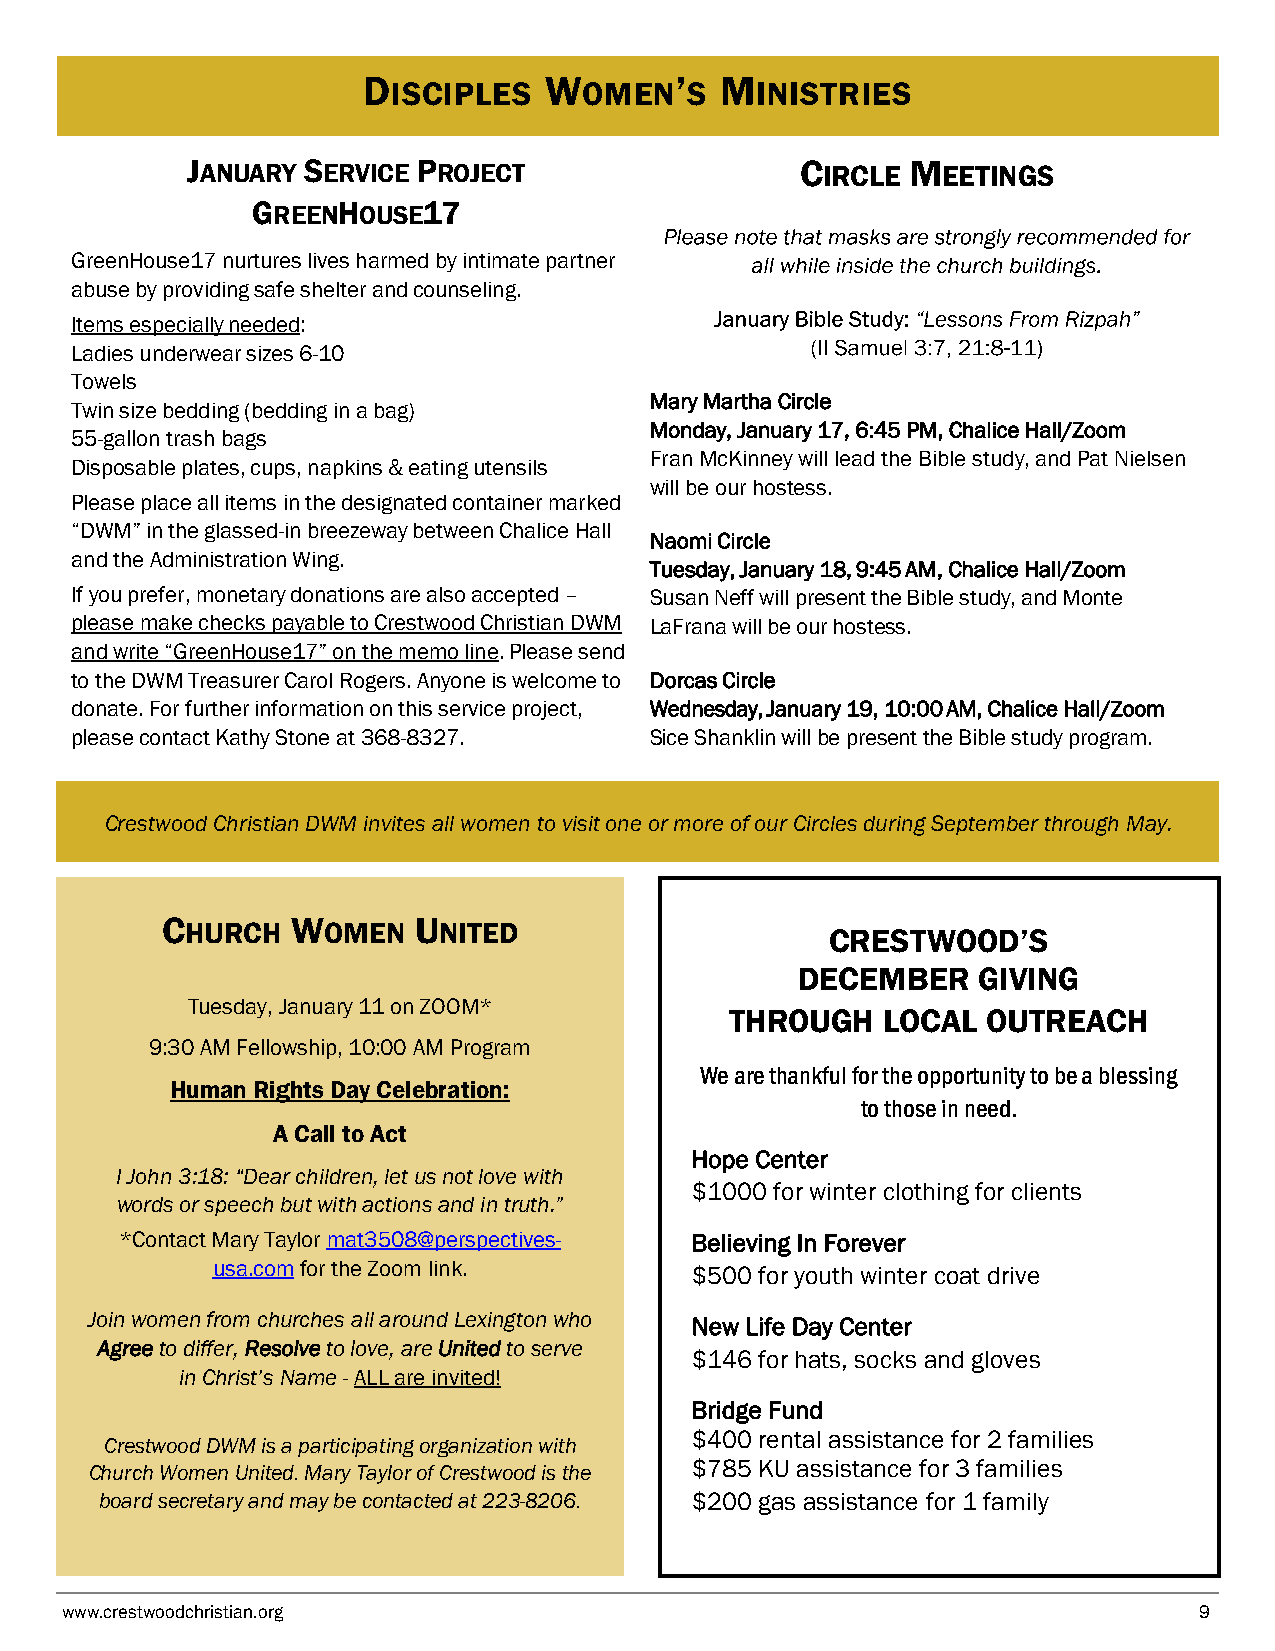
D           W        ’
 ISCIPLES     OMEN  S
 JANUARY SERVICE PROJECT                  CIRCLE MEETINGS
 GREENHOUSE17
 GreenHouse17 nurtures lives harmed by intimate partner
 abuse by providing safe shelter and counseling.
 Items especially needed:
 Ladies underwear sizes 6-10
 Towels
 Mary Martha Circle
 Twin size bedding (bedding in a bag)
 Monday, January 17, 6:45 PM, Chalice Hall/Zoom
 55-gallon trash bags
 Fran McKinney will lead the Bible study, and Pat Nielsen
 Disposable plates, cups, napkins & eating utensils
 will be our hostess.
 Please place all items in the designated container marked
 “DWM” in the glassed-in breezeway between Chalice Hall
 Naomi Circle
 and the Administration Wing.
 Tuesday, January 18, 9:45 AM, Chalice Hall/Zoom
 If you prefer, monetary donations are also accepted – Susan Neff will present the Bible study, and Monte
 please make checks payable to Crestwood Christian DWM LaFrana will be our hostess.
 and write “GreenHouse17” on the memo line. Please send
 to the DWM Treasurer Carol Rogers. Anyone is welcome to Dorcas Circle
 donate. For further information on this service project, Wednesday, January 19, 10:00 AM, Chalice Hall/Zoom
 please contact Kathy Stone at 368-8327. Sice Shanklin will be present the Bible study program.
 Crestwood Christian DWM invites all women to visit one or more of our Circles during September through May.
 CHURCH  WOMEN   UNITED
 CRESTWOOD’S
 DECEMBER    GIVING
 Tuesday, January 11 on ZOOM*
 THROUGH   LOCAL  OUTREACH
 9:30 AM Fellowship, 10:00 AM Program
 We are thankful for the opportunity to be a blessing
 Human Rights Day Celebration:
 to those in need.
 A Call to Act
 Hope Center
 I John 3:18: “Dear children, let us not love with
 $1000 for winter clothing for clients
 words or speech but with actions and in truth.”
 *Contact Mary Taylor mat3508@perspectives- Believing In Forever
 usa.com for the Zoom link.      $500 for youth winter coat drive
 Join women from churches all around Lexington who New Life Day Center
 Agree to differ, Resolve to love, are United to serve
 $146 for hats, socks and gloves
 in Christ’s Name - ALL are invited!
 Bridge Fund
 $400 rental assistance for 2 families
 Crestwood DWM is a participating organization with
 $785 KU assistance for 3 families
 Church Women United. Mary Taylor of Crestwood is the
 board secretary and may be contacted at 223-8206. $200 gas assistance for 1 family
 www.crestwoodchristian.org                                                 9